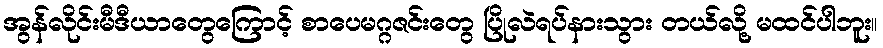
အွန်လိုင်းမီဒီယာတွေကြောင့် စာပေမဂ္ဂဇင်းတွေ ပြိုလဲရပ်နားသွား တယ်လို့ မထင်ပါဘူး။